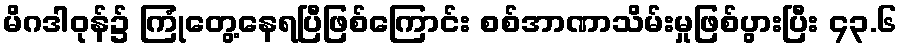
မိဂဒါဝုန်၌ ကြုံတွေ့နေရပြီဖြစ်ကြောင်း စစ်အာဏာသိမ်းမှုဖြစ်ပွားပြီး ၄၃.၆